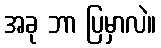
အခု ဘာ ပြမှာလဲ။